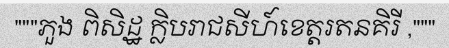
"""ភួង ពិសិដ្ឋ ក្លិបរាជសីហ៍ខេត្តរតនគិរី ,"""